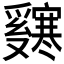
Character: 𬋸